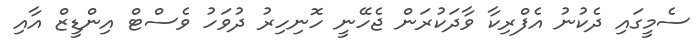
ސެމީގައި ދެކުނު އެފްރިކާ ވާދަކުރަން ޖެހޭނީ ހޮނިހިރު ދުވަހު ވެސްޓް އިންޑީޒް އާއި